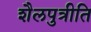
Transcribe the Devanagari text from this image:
शैलपुत्रीति